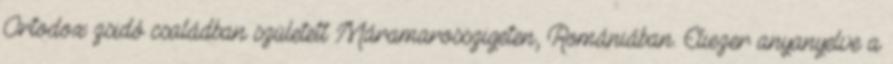
Ortodox zsidó családban született Máramarosszigeten, Romániában. Eliezer anyanyelve a